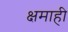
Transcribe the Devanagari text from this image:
क्षमाही